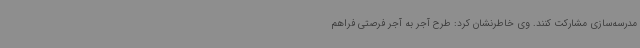
مدرسه‌سازی مشارکت کنند. وی خاطرنشان کرد: طرح آجر به آجر فرصتی فراهم